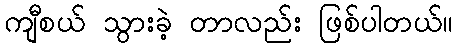
ကျီစယ် သွားခဲ့ တာလည်း ဖြစ်ပါတယ်။